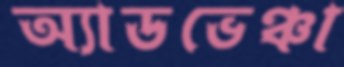
অ্যাডভেঞ্চা